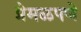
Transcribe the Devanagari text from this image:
प्रेमळपणे